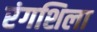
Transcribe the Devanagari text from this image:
रंगशिला